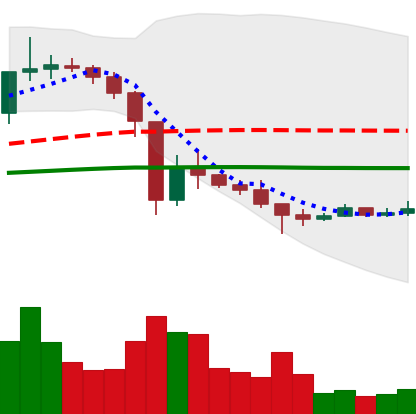
Ticker: XRP-USD
Chart end date: 2021-01-04
Forward return: 38.127%
Label: up_7plus